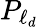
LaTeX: {P_{\ell_{d}}}